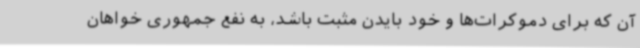
آن که برای دموکرات‌ها و خود بایدن مثبت باشد، به نفع جمهوری خواهان